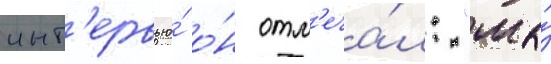
инт'ервью́ о́н отм'еча́л: "мы́